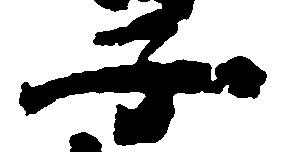
子